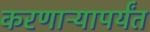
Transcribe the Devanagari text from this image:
करणाऱ्यापर्यंत